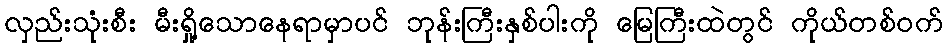
လှည်းသုံးစီး မီးရှို့သောနေရာမှာပင် ဘုန်းကြီးနှစ်ပါးကို မြေကြီးထဲတွင် ကိုယ်တစ်ဝက်